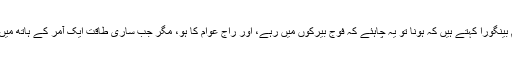
ہاورڈ یونیورسٹی کے پروفیسر عبدالکریم بینگورا کہتے ہیں کہ ہونا تو یہ چاہئے کہ فوج بیرکوں میں رہے، اور راج عوام کا ہو، مگر جب ساری طاقت ایک آمر کے ہاتھ میں جمع ہو جائے تو کیا متبادل رہ جاتا ہے۔